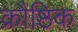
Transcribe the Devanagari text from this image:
क्रौष्ठिक